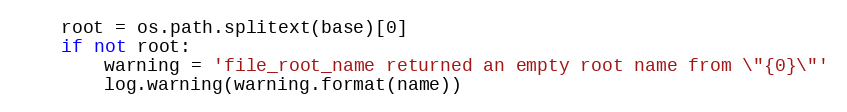
Language: Python
    root = os.path.splitext(base)[0]
    if not root:
        warning = 'file_root_name returned an empty root name from \"{0}\"'
        log.warning(warning.format(name))